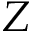
Z